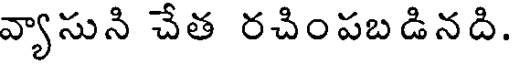
వ్యాసుని చేత రచింపబడినది.